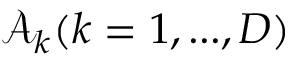
\mathcal { A } _ { k } ( k = 1 , . . . , D )